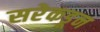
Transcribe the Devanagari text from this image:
सरेकडून